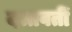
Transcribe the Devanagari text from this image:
दत्तवतीं